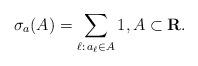
LaTeX: \begin{align*}\sigma_{a}(A) = \sum_{\ell:\, a_{\ell} \in A} 1, A \subset \mathbf{R}.\end{align*}